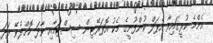
އެންމެ ކުރީގައިވާ އެޕަލް ކުންފުނީގެ މެކު އޮޕަރޭޓިން ސިސްޓަމާއި ވާދަ ކޮށްލެވޭ ފަދަ